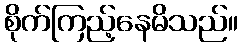
စိုက်ကြည့်နေမိသည်။